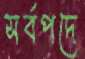
সর্বপদে